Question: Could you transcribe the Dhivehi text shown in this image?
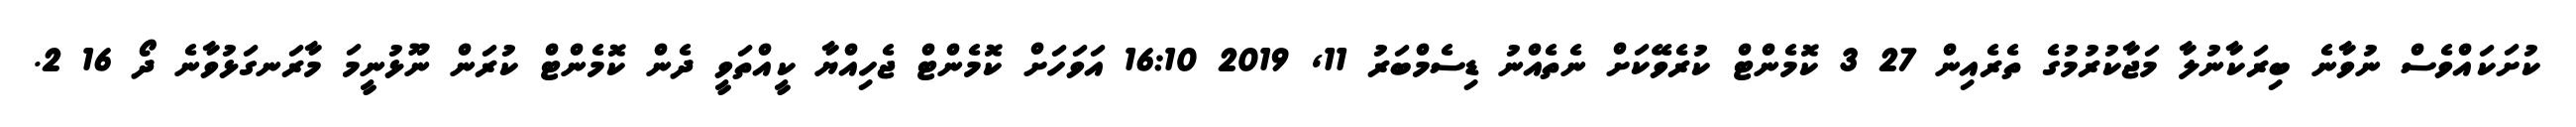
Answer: ކުށަކައްވެސް ނުވާނެ ބިރަކާނުލާ މަޖާކުރުމުގެ ތެރެއިން 27 3 ކޮމެންޓް ކުރެވޭކަށް ނެތެއްނު ޑިސެމްބަރު 11, 2019 16:10 އަވަހަށް ކޮމެންޓް ޖެހިއްޔާ ކީއްތަވީ ދެން ކޮމެންޓް ކުރަން ނޫޅުނީމަ މާރަނގަޅުވާނެ ދޯ 16 2.